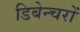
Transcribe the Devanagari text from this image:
डिबेन्‍चरों